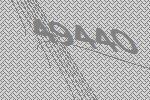
49440